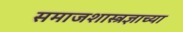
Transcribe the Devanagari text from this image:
समाजशास्त्रज्ञाच्या